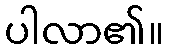
ပါလာ၏။